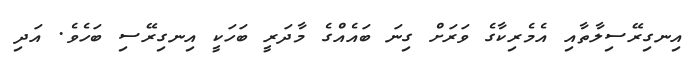
އިނގިރޭސިލާތާއި އެމެރިކާގެ ވަރަށް ގިނަ ބައެއްގެ މާދަރީ ބަހަކީ އިނގިރޭސި ބަހެވެ. އަދި